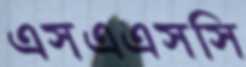
এসএএসসি